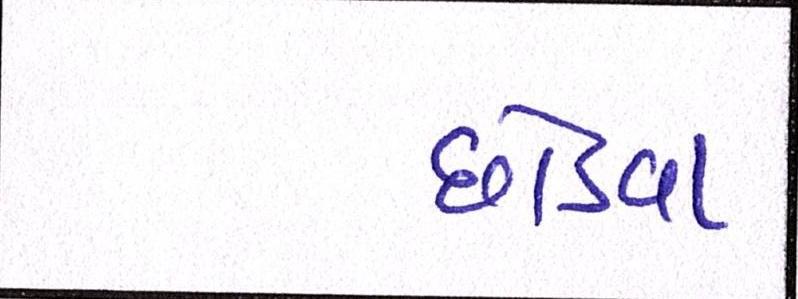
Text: છોડવા